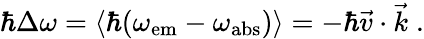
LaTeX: \hbar\Delta\omega=\langle\hbar(\omega_{\mathrm{em}}-\omega_{\mathrm{abs}})\rangle=-\hbar\vec{v}\cdot\vec{k}\; .